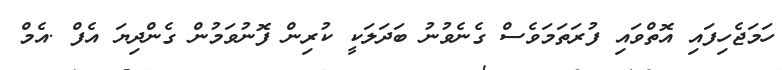
ހަމަޖެހިފައި އޮތްވައި ފުރަތަމަވެސް ގެނެވުނު ބަދަލަކީ ކުރިން ފޮނުވަމުން ގެންދިޔަ އެފް .އެމް